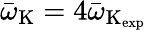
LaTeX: \bar{\omega}_{\mathrm{K}}=4\bar{\omega}_{\mathrm{K_{\mathrm{exp}}}}